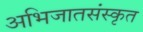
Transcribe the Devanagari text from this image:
अभिजातसंस्कृत